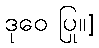
ဒုဝေ ပြု။]